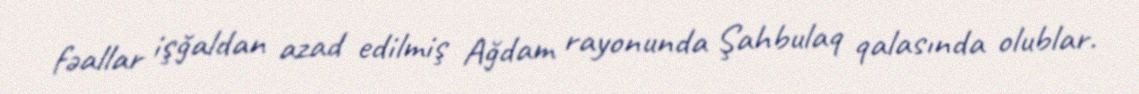
fəallar işğaldan azad edilmiş Ağdam rayonunda Şahbulaq qalasında olublar.